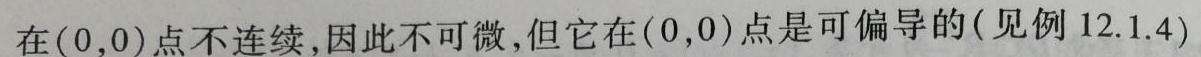
在$(0,0)$点不连续,因此不可微,但它在$(0,0)$点是可偏导的(见例 12.1.4)